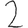
Digit: 2